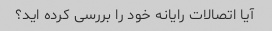
آیا اتصالات رایانه خود را بررسی کرده اید؟